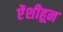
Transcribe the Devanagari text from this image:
ऐंशीहून